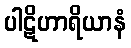
ပါဋိဟာရိယာနံ